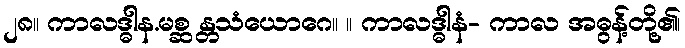
၂၈။ ကာလဒ္ဓါန.မစ္ဆ န္တသံယောဂေ။ ။ ကာလဒ္ဓါနံ- ကာလ အဓွန့်တို့၏၊